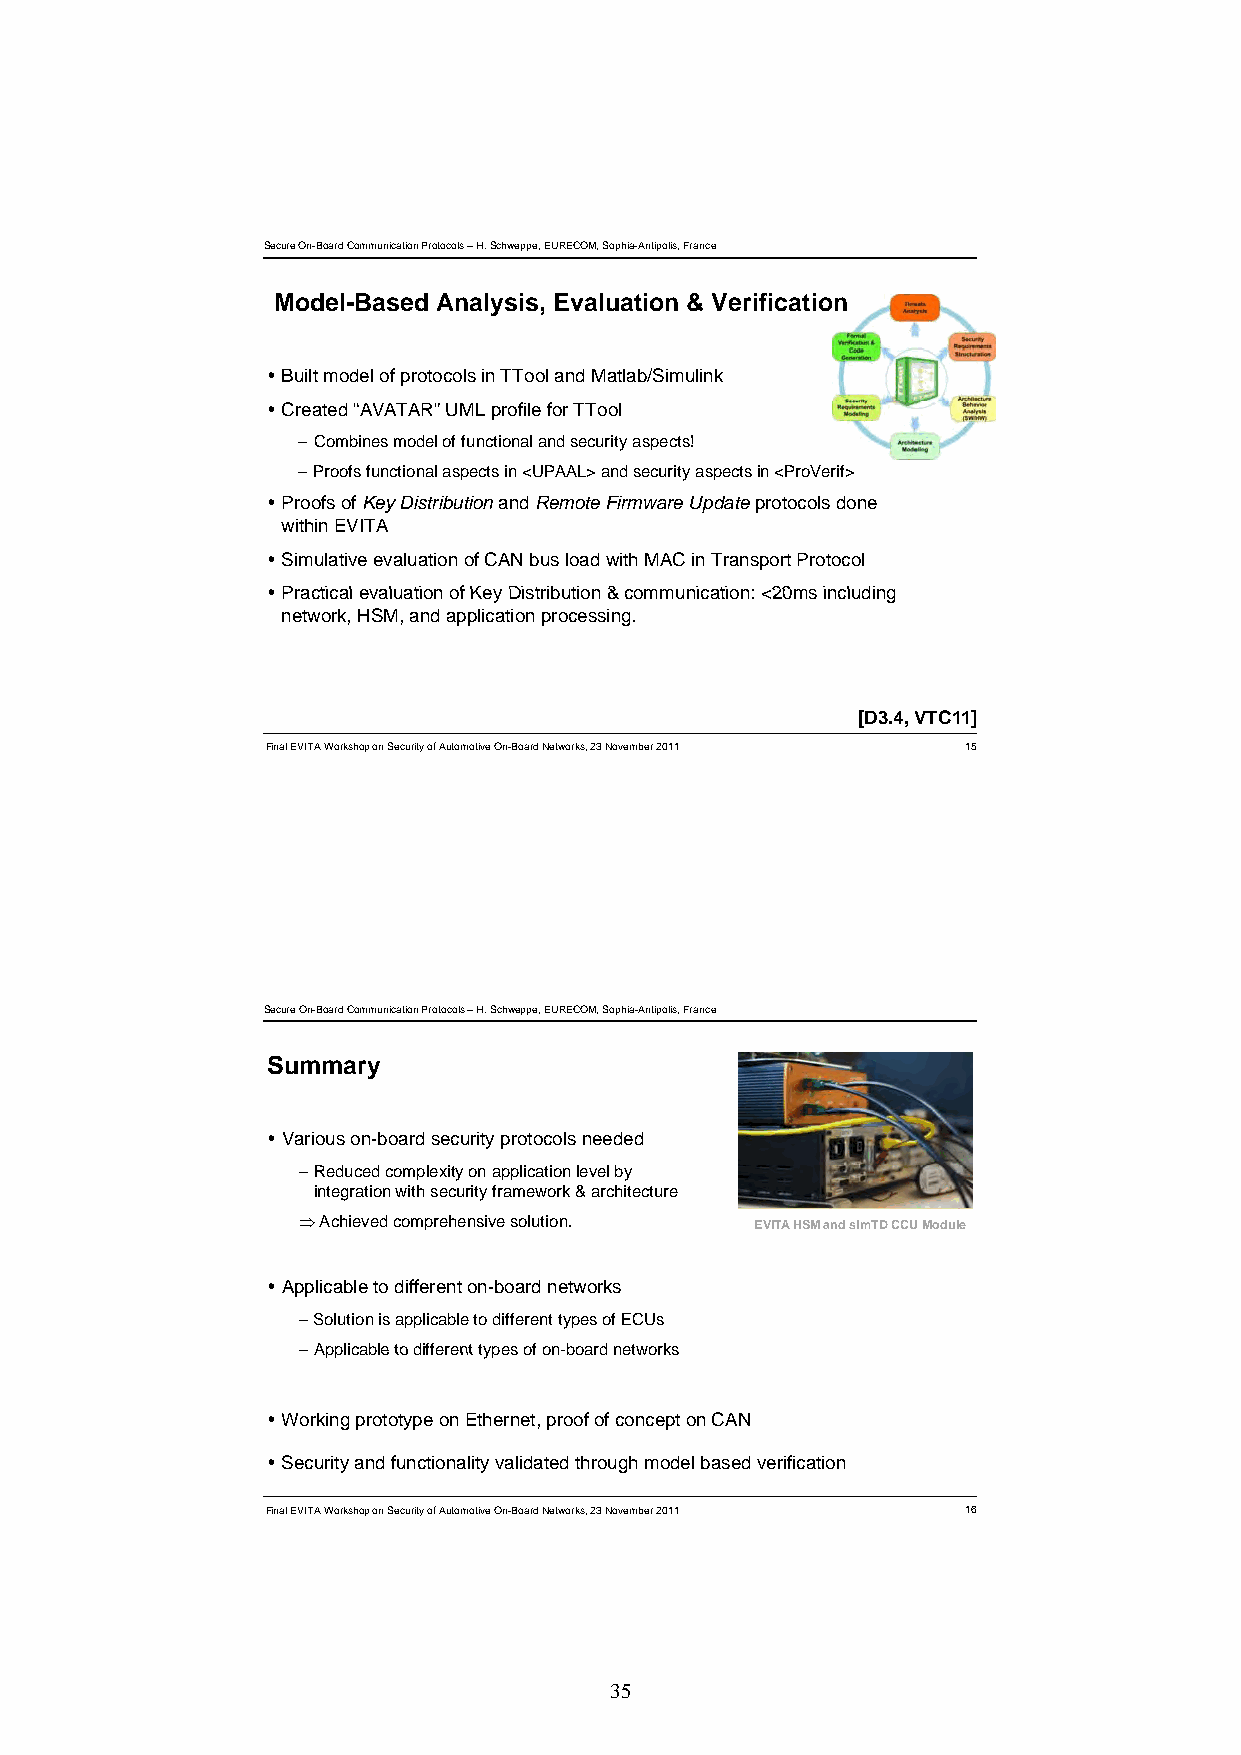
Secure On-Board Communication Protocols –H. Schweppe, EURECOM, Sophia-Antipolis, France
 Model-Based Analysis, Evaluation & Verification
 Built model of protocols in TTooland Matlab/Simulink
 Created “AVATAR” UML profile for TTool
 –Combines model of functional and security aspects!
 –Proofs functional aspects in <UPAAL>and security aspects in <ProVerif>
 Proofs of Key Distribution and Remote FirmwareUpdate protocols done
 within EVITA
 Simulative evaluation of CAN bus load with MAC in Transport Protocol
 PPracttiicall evalluattiion off KKey DDiisttriibbuttiion && communiicattiion: <<2200ms iinclluddiing
 network, HSM, and application processing.
 [D3.4, VTC11]
 Final EVITA Workshop on Security of Automotive On-Board Networks, 23 November 2011 15
 Secure On-Board Communication Protocols –H. Schweppe, EURECOM, Sophia-Antipolis, France
 Summary
 Various on-board security protocols needed
 –RRedducedd compllexiity on applliicatiion llevell bby
 integration with security framework & architecture
 Achieved comprehensive solution. EVITA HSM and simTDCCU Module
 Applicable to different on-board networks
 –Solution is applicable to different types of ECUs
 –AApppplliiccaabbllee ttoo ddiiffffeerreenntt ttyyppeess ooff oonn-bbooaarrdd nneettwwoorrkkss
 Working prototype on Ethernet, proof of concept on CAN
 Security and functionality validated through model based verification
 Final EVITA Workshop on Security of Automotive On-Board Networks, 23 November 2011 16
 35